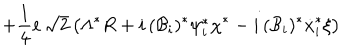
LaTeX: + \frac { 1 } { 4 } e \, \sqrt { 2 } \left( \Lambda ^ { * } R + i \, ( { \cal { B } } _ { i } ) ^ { * } \psi _ { i } ^ { * } \chi ^ { * } - i \, ( { \cal { B } } _ { i } ) ^ { * } \dot { x } _ { i } ^ { * } \xi \right)